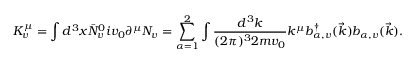
K _ { v } ^ { \mu } = \int d ^ { 3 } x \bar { \cal N } _ { v } ^ { 0 } i v _ { 0 } \partial ^ { \mu } { \cal N } _ { v } = \sum _ { \alpha = 1 } ^ { 2 } \int \frac { d ^ { 3 } k } { ( 2 \pi ) ^ { 3 } 2 m v _ { 0 } } k ^ { \mu } b _ { \alpha , v } ^ { \dagger } ( \vec { k } ) b _ { \alpha , v } ( \vec { k } ) .